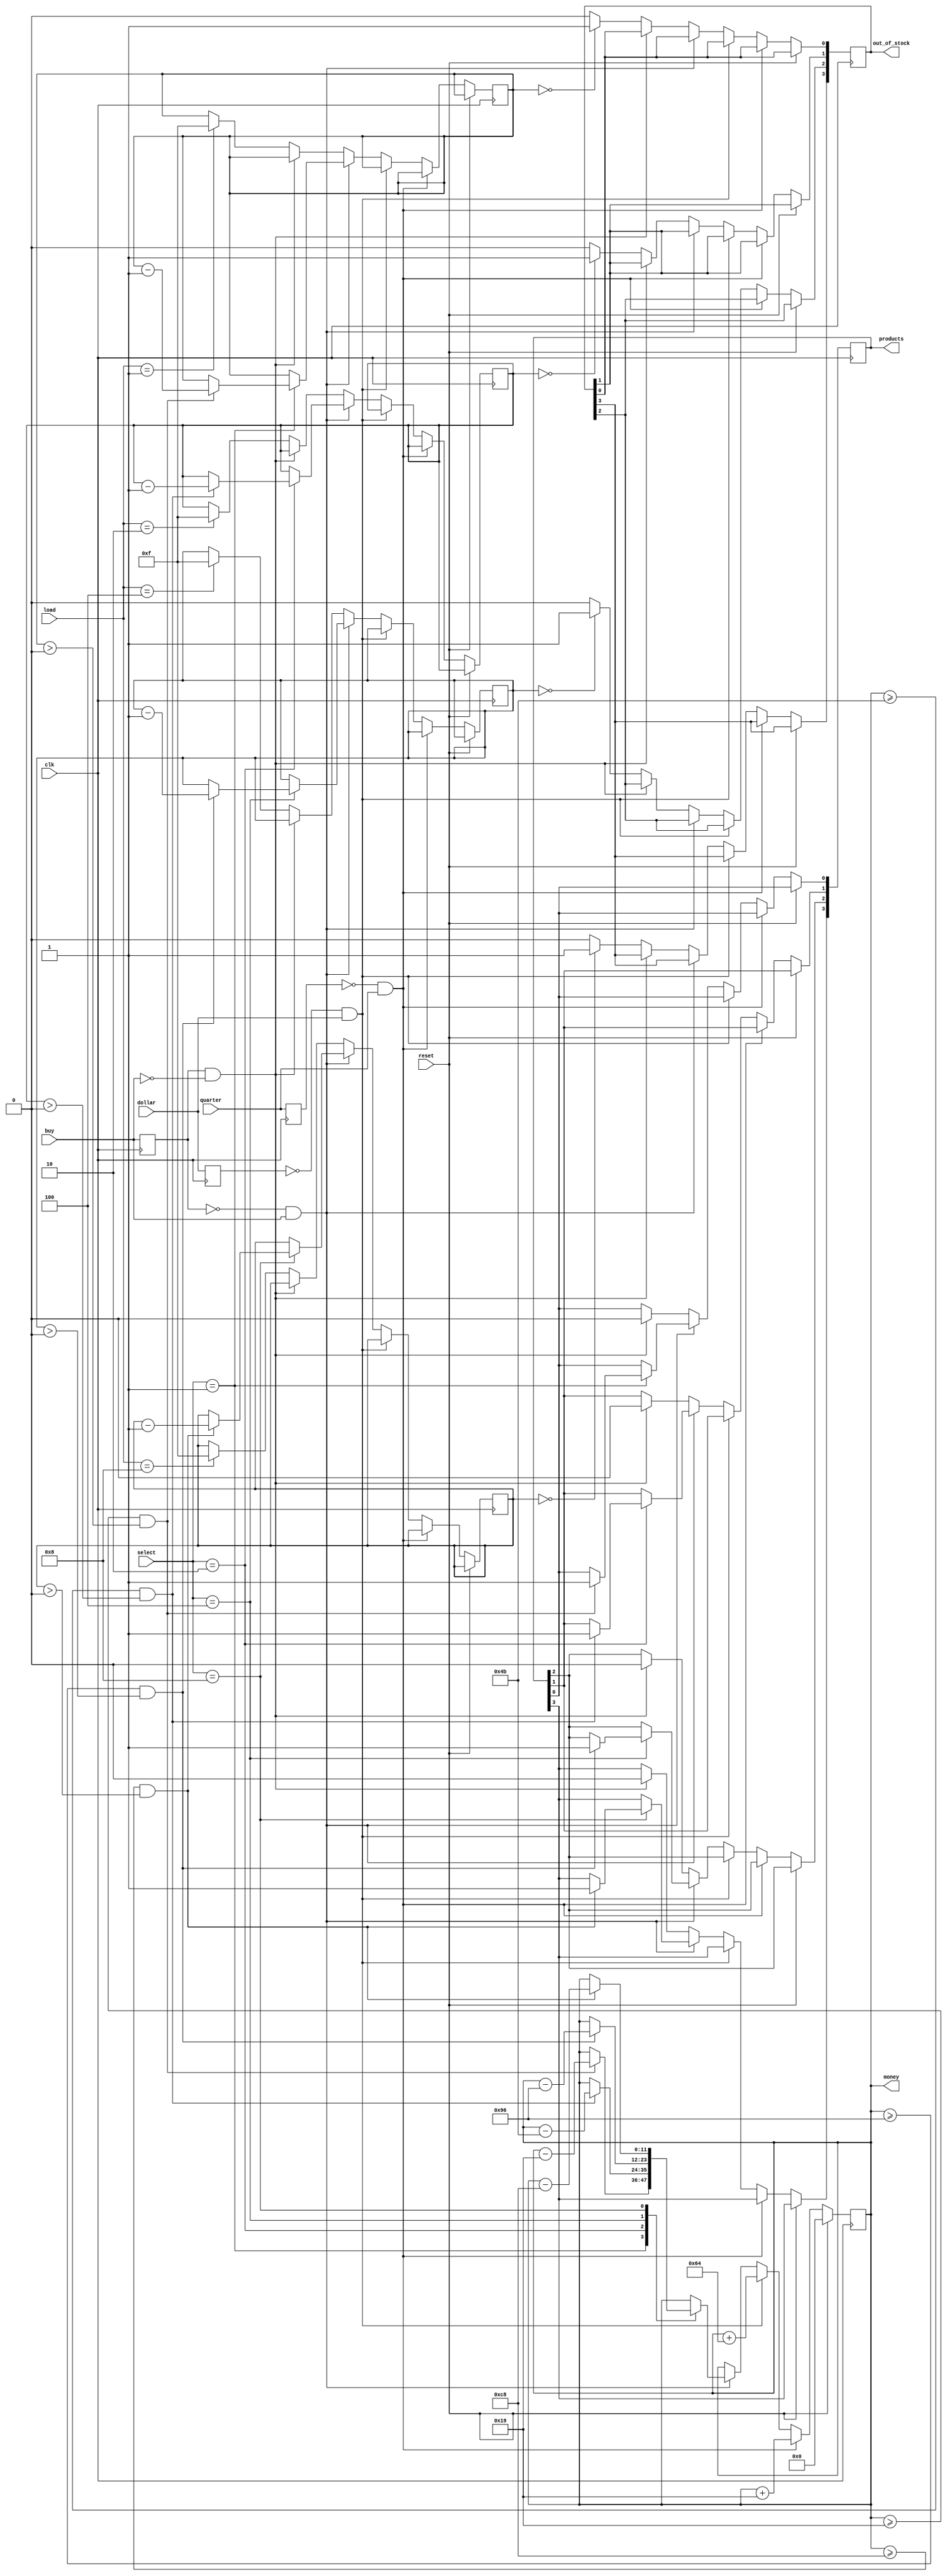
`timescale 1ns / 1ps
//////////////////////////////////////////////////////////////////////////////////
// Company: 
// Engineer: 
// 
// Design Name: 
// Module Name: Vending_Machine
// Project Name: 
// Target Devices: 
// Tool Versions: 
// Description: 
// 
// Dependencies: 
// 
// Revision:
// Revision 0.01 - File Created
// Additional Comments:
// 
//////////////////////////////////////////////////////////////////////////////////


module Vending_Machine(
    input clk,
    input reset,
    input quarter,
    input dollar,
    input [3:0] select, //to slect item from the stock, 4 different item trays
                        //one tray for each product,having 15 units 
    input buy,          //to buy product
    input [3:0] load,       //to load out of stock product
    output reg [11:0] money = 0,    //money that will be withdrawn from the machine(change)
    output reg[3:0] products = 0,  //product being dispensed: ([1] 25 Cents for gum, [2] 75 cents for chocolates,
                            //[3] 150 ($1.5) for bag of chips, [4] 200 cents ($2) for a drink)
    output reg [3:0] out_of_stock = 0   //initially vending machine is full
    );
    
    reg quarter_prev, dollar_prev; //to remember the money inserted 
    reg buy_prev;   
    
    //Full stock initailly, 15 items each
    reg [3:0] stock0 = 4'b1111; //Gum(0),   25 cents
    reg [3:0] stock1 = 4'b1111; //Chocolate(1), 75 cents
    reg [3:0] stock2 = 4'b1111; //Chips(2), $1.5
    reg [3:0] stock3 = 4'b1111; //Drink(3), $2
    
    
    
    always@(posedge clk)
    begin
    quarter_prev<=quarter;
    dollar_prev<=dollar;
    buy_prev<=buy; //product is dispensed only when buy button is pressed
    
    if(reset==1)    //to display set to zero, money is reseted
        money<=1'b0;
    
    else if(quarter_prev==1'b0 && quarter==1'b1) //If quartr is inserted(nothing inserted before)
        money<=money+12'd25;    //25 cents inserted
    
    else if(dollar_prev==1'b0 && dollar==1'b1) //If dollar is inserted
        money<=money+12'd100;    //100 cents inserted
    
    else if( buy_prev==1'b0 && buy==1'b1) //after adding money, buying of product, then it occurs as follows
    
    //product to be dispensed, money change to be reurned, and changing the stock
    
    case(select)
    
    //buying a gum
    4'b0001:
    if (money>=12'd25 && stock0>0) //enough money inseted and stock available
    begin
        products[0] <=1'b1; //product getting dispensed
        stock0 <=stock0-1'b1; //reduce the stock
        money<=money-12'd25;  //machine withdraws price of the product from total money
    end
       
    //buying a chocolate
    4'b0010:
    if (money>=12'd75 && stock1>0) //enough money inseted and stock available
    begin
        products[1] <=1'b1; //product getting dispensed
        stock1 <=stock1-1'b1; //reduce the stock
        money<=money-12'd75;  //machine withdraws price of the product from total money
    end
    
    //buying chips
    4'b0100:
    if (money>=12'd150 && stock2>0) //enough money inseted and stock available
    begin
        products[2] <= 1'b1; //product getting dispensed
        stock2 <= stock2-1'b1; //reduce the stock
        money <= money-12'd150;  //machine withdraws price of the product from total money
    end
         
    //buying a drink
    4'b1000:
    if (money>=12'd200 && stock3>0) //enough money inseted and stock available
    begin
        products[3] <=1'b1; //product getting dispensed
        stock3 <=stock3-1'b1; //reduce the stock
        money<=money-12'd200;  //machine withdraws price of the product from total money
    end
    
    endcase
    
    else if (buy_prev==1'b1 && buy==1'b0) //if buy button not pressed, no product dispensed
    begin
    products [0] <= 1'b0;
    products [1] <= 1'b0;
    products [2] <= 1'b0;
    products [3] <= 1'b0;
    end
    
    //items in [3:0] stock run out, [3:0] out of stock led goes high
    else begin
    if (stock0==4'b0000)
    out_of_stock[0] <= 1'b1;
    else out_of_stock[0] <= 1'b0;
    
    if (stock1==4'b0000)
    out_of_stock[1] <= 1'b1;
    else out_of_stock[1] <= 1'b0;
    
    if (stock2==4'b0000)
    out_of_stock[2] <= 1'b1;
    else out_of_stock[2] <= 1'b0;
    
    if (stock3==4'b0000)
    out_of_stock[3] <= 1'b1;
    else out_of_stock[3] <= 1'b0;
    
    //if product 0 is being stocked, refilling the items, its stoc changes to 15
    
    case(load)
    4'b0001: stock0 <=4'b1111;
    4'b0010: stock1 <=4'b1111;
    4'b0100: stock2 <=4'b1111;
    4'b1000: stock3 <=4'b1111;
    endcase
    end
    end
      
endmodule